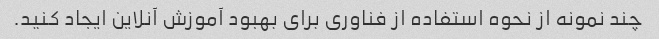
چند نمونه از نحوه استفاده از فناوری برای بهبود آموزش آنلاین ایجاد کنید.